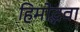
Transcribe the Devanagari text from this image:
हिमोद्भवा